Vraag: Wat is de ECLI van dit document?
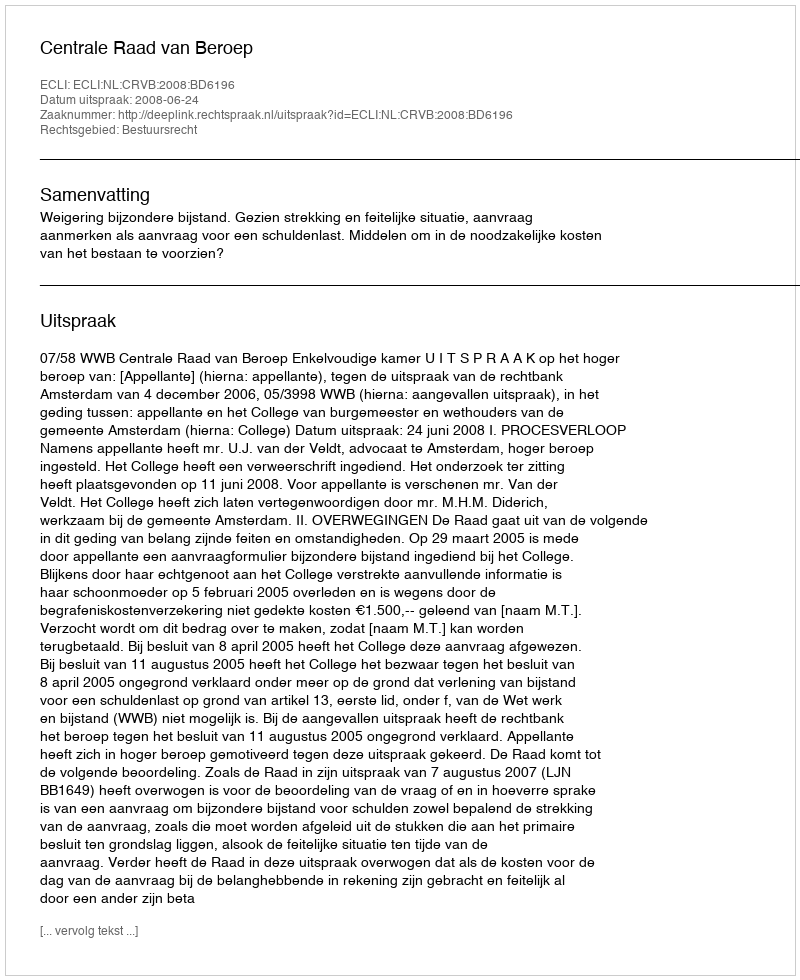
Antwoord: ECLI:NL:CRVB:2008:BD6196